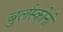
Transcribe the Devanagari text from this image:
बुर्लस्कोनी